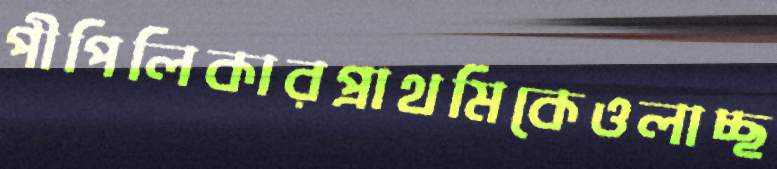
পীপিলিকারপ্রাথমিকেওলাচ্ছ